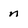
Character: n